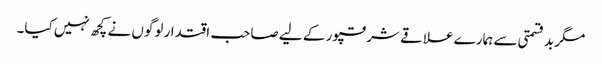
مگر بدقسمتی سے ہمارے علاقے شرقپور کے لیے صاحب اقتدار لوگوں نے کچھ نہیں کیا۔